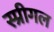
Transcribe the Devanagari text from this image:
स्प्रीगल